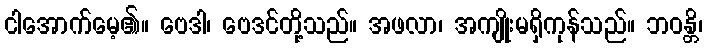
ငါအောက်မေ့၏။ ဗေဒါ၊ ဗေဒင်တို့သည်။ အဖလာ၊ အကျိုးမရှိကုန်သည်။ ဘဝန္တိ၊